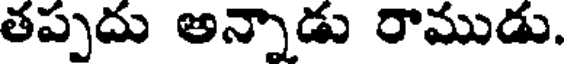
తప్పదు అన్నాడు రాముడు.